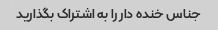
جناس خنده دار را به اشتراک بگذارید